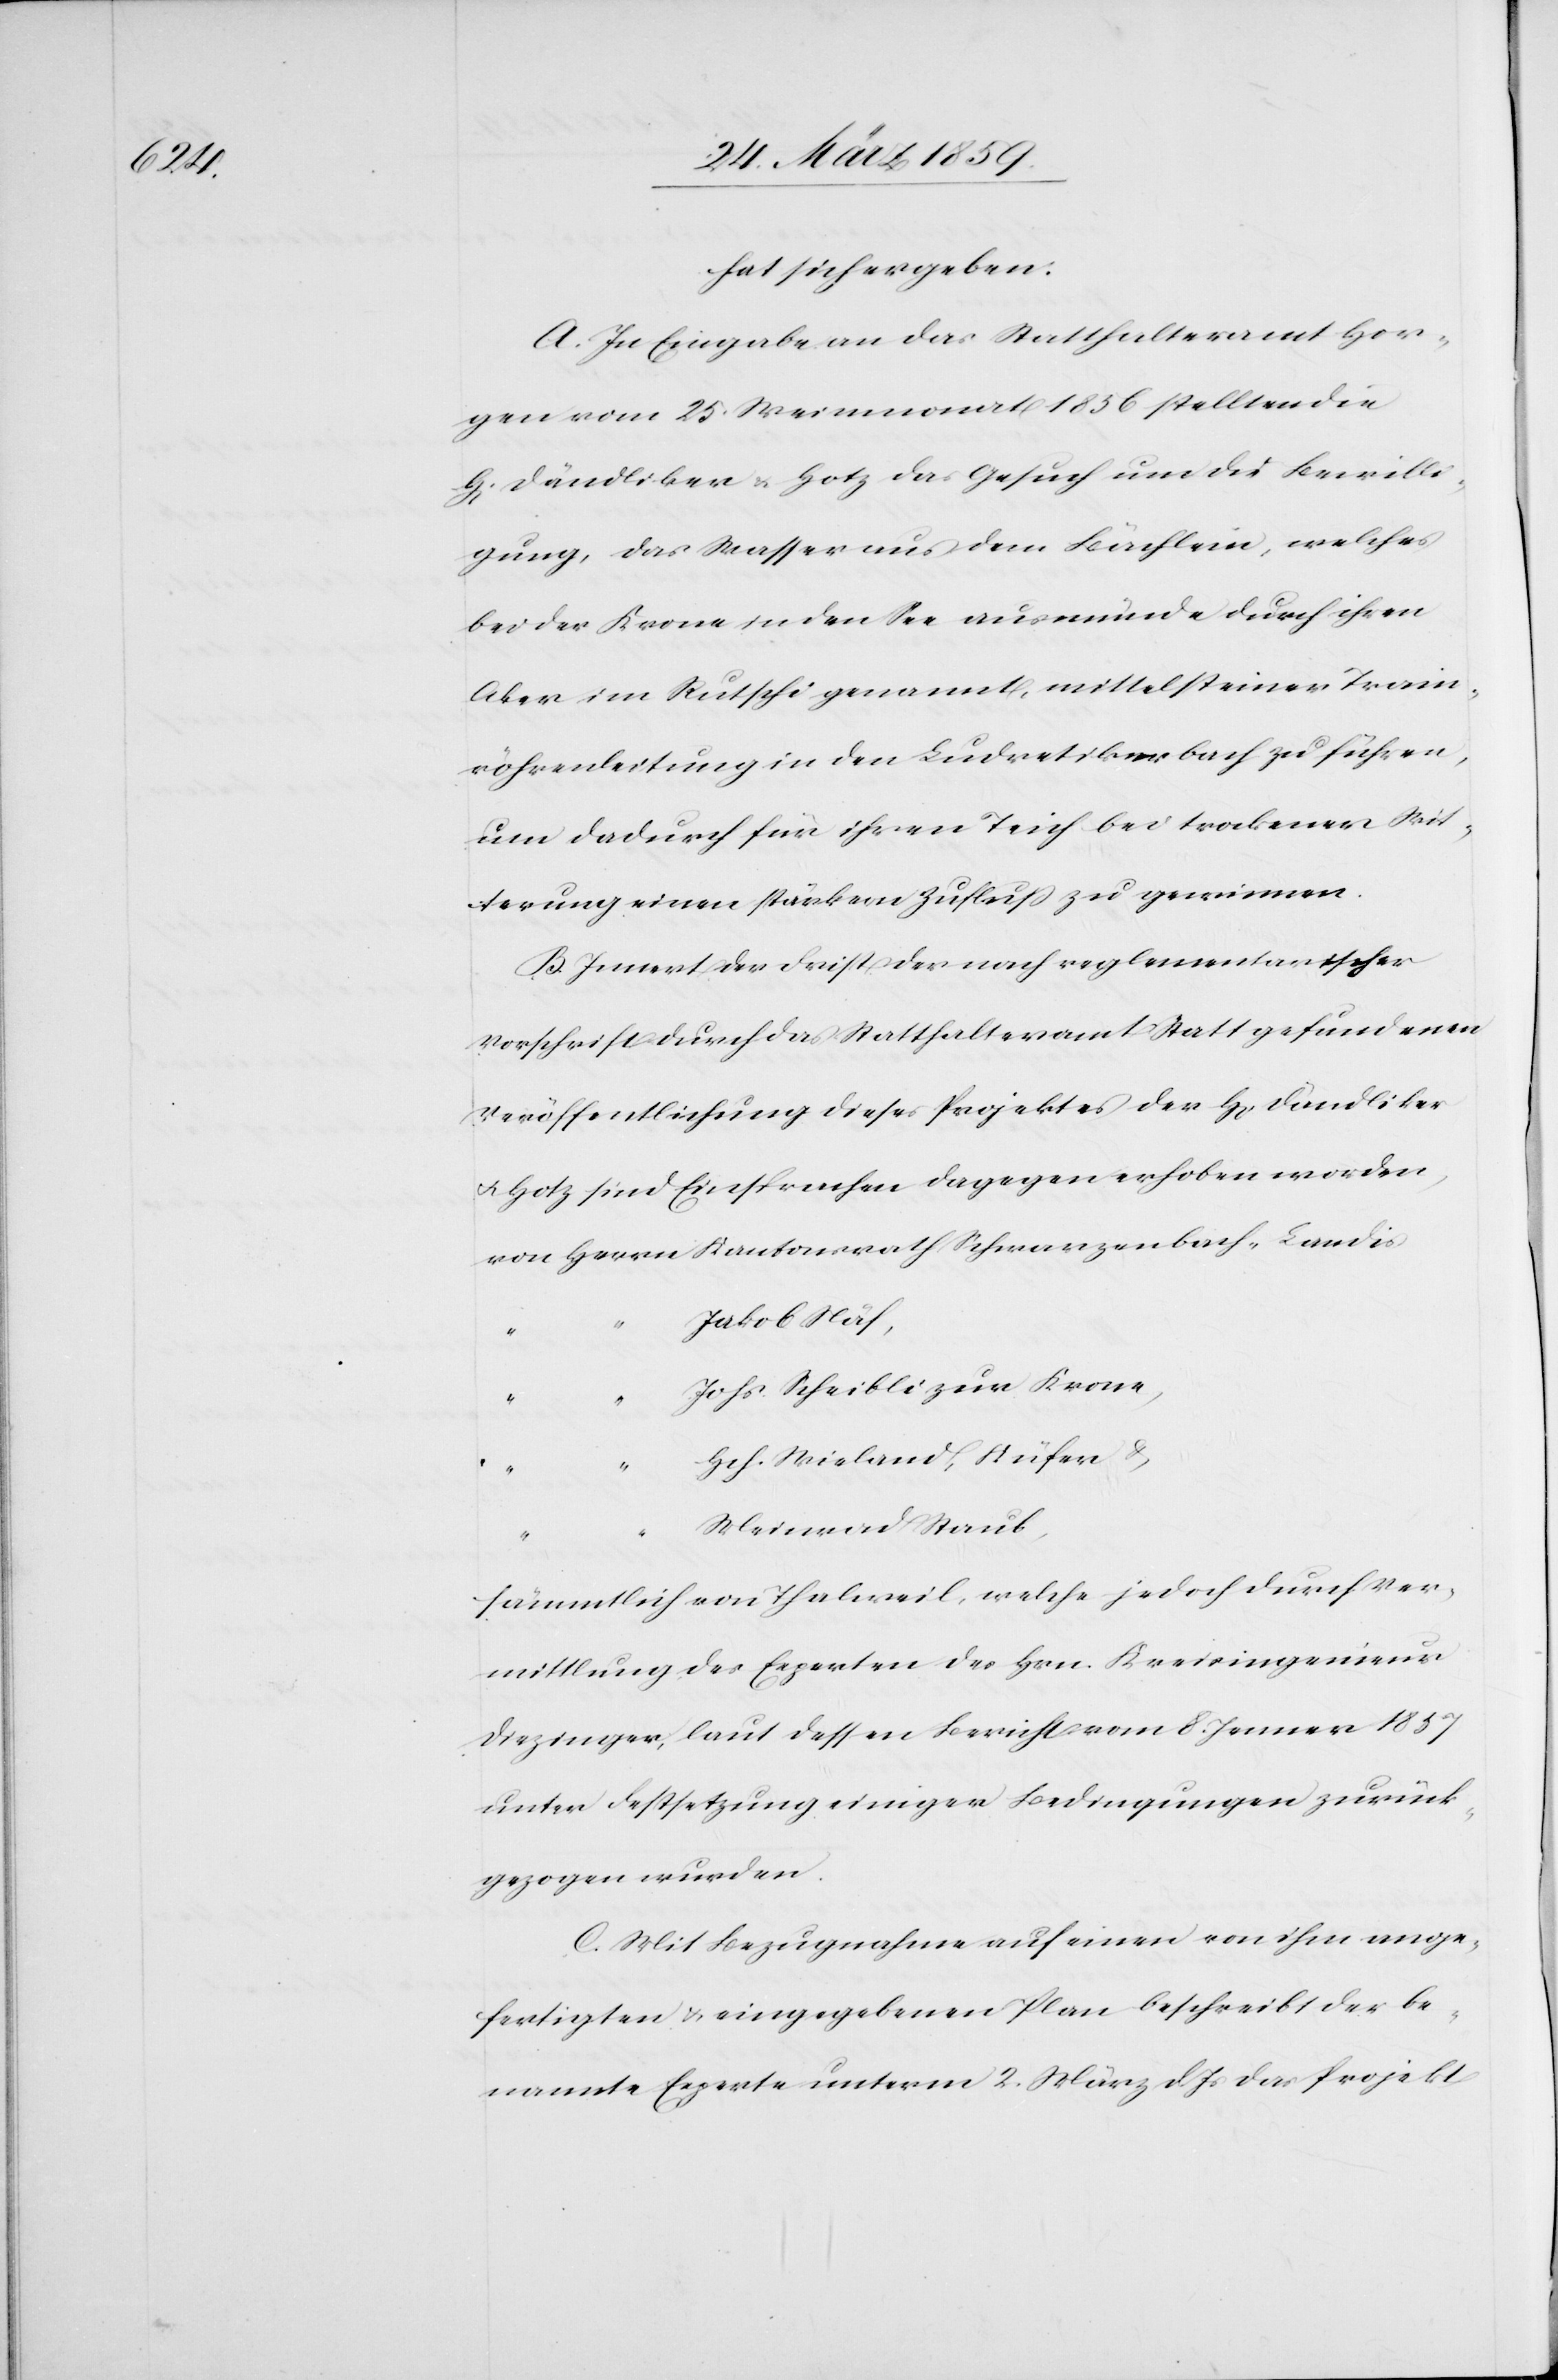
H[erre¬

hat sich ergeben:
A. In Eingabe an das Statthalteramt Hor¬
gen vom 25. Weinmonat 1856 stellten die
n] Dändliker u. Hotz das Gesuch um die Bewilli¬
gung, das Wasser aus dem Bächlein, welches
bei der Krone in den See ausmünde durch ihren
Aker im Rutschi genannt, mittelst einer Train¬
röhrenleitung in den Ludretikerbach zu führen,
um dadurch für ihren Teich bei trockener Wit¬
terung einen stärkern Zufluß zu gewinnen.
B. Innert der Frist der nach reglementarischer
Vorschrift durch das Statthalteramt Statt gefundenen
Veröffentlichung dieses Projektes der H[erren] Dändliker
u. Hotz sind Einsprachen dagegen erhoben worden,
von Herrn Kantonsrath Schwarzenbach-Landis
Jakob Näf,
Johs. Scheibli zur Krone,
Hch. Wieland, Küfer &
Meinrad Staub,
sämmtlich von Thalweil, welche jedoch durch Ver¬
mittlung des Experten des Hrn. Kreisingenieurs
Diezinger, laut dessen Bericht vom 8. Jenner 1857
unter Festsetzung einiger Bedingungen zurück¬
gezogen wurden.
C. Mit Bezugnahme auf einen von ihm ange¬
fertigten u. eingegebenen Plan beschreibt der be¬
nannte Experte unterm 2. März d. Js das Projekt